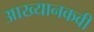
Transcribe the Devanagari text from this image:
आख्यानकवी